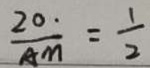
\frac { 2 0 \cdot } { A M } = \frac { 1 } { 2 }